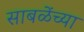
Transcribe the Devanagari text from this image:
साबळेंच्या